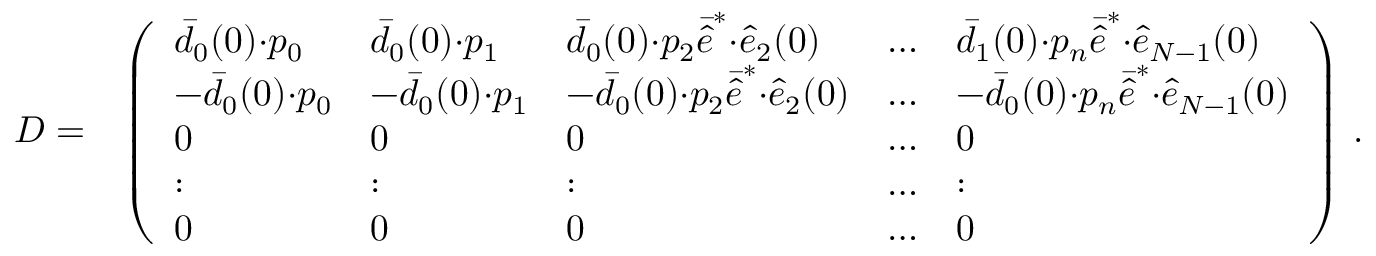
\begin{array} { r l } { D = } & { \left( \begin{array} { l l l l l } { \bar { d } _ { 0 } ( 0 ) { \cdot } p _ { 0 } } & { \bar { d } _ { 0 } ( 0 ) { \cdot } p _ { 1 } } & { \bar { d } _ { 0 } ( 0 ) { \cdot } p _ { 2 } \bar { \hat { e } } ^ { * } { \cdot } \hat { e } _ { 2 } ( 0 ) } & { \dots } & { \bar { d } _ { 1 } ( 0 ) { \cdot } p _ { n } \bar { \hat { e } } ^ { * } { \cdot } \hat { e } _ { N - 1 } ( 0 ) } \\ { - \bar { d } _ { 0 } ( 0 ) { \cdot } p _ { 0 } } & { - \bar { d } _ { 0 } ( 0 ) { \cdot } p _ { 1 } } & { - \bar { d } _ { 0 } ( 0 ) { \cdot } p _ { 2 } \bar { \hat { e } } ^ { * } { \cdot } \hat { e } _ { 2 } ( 0 ) } & { \dots } & { - \bar { d } _ { 0 } ( 0 ) { \cdot } p _ { n } \bar { \hat { e } } ^ { * } { \cdot } \hat { e } _ { N - 1 } ( 0 ) } \\ { 0 } & { 0 } & { 0 } & { \dots } & { 0 } \\ { : } & { : } & { : } & { \dots } & { : } \\ { 0 } & { 0 } & { 0 } & { \dots } & { 0 } \end{array} \right) \, . } \end{array}